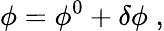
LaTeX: \phi=\phi^{0}+\delta\phi\; ,